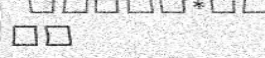
٥٤